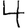
Digit: 4